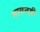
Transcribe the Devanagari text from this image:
गायनही